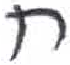
אות: ח